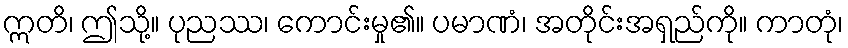
ဣတိ၊ ဤသို့။ ပုညဿ၊ ကောင်းမှု၏။ ပမာဏံ၊ အတိုင်းအရှည်ကို။ ကာတုံ၊